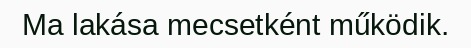
Ma lakása mecsetként működik.